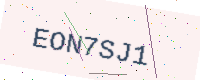
Text: EON7SJ1